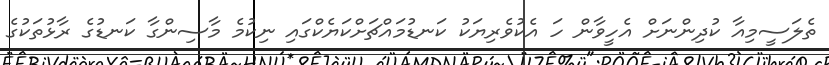
ތެލަސީމިއާ ކުދިންނަށް އެހީވާން ހަ އެކުވެރިޔަކު ކަނޑުމައްޗަށްކަޔެކްގައި ނިކުމެ މާސިންގާ ކަނޑުގެ ރާޅުތަކުގެ